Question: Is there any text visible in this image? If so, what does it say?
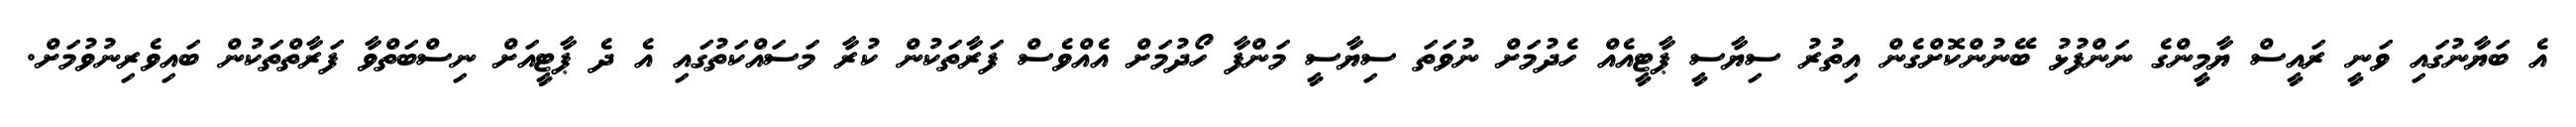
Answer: އެ ބަޔާނުގައި ވަނީ ރައީސް ޔާމީންގެ ނަންފުޅު ބޭނުންކޮށްގެން އިތުރު ސިޔާސީ ޕާޓީއެއް ހެދުމަށް ނުވަތަ ސިޔާސީ މަންފާ ހޯދުމަށް އެއްވެސް ފަރާތަކުން ކުރާ މަސައްކަތުގައި އެ ދެ ޕާޓީއަށް ނިސްބަތްވާ ފަރާތްތަކުން ބައިވެރިނުވުމަށް.